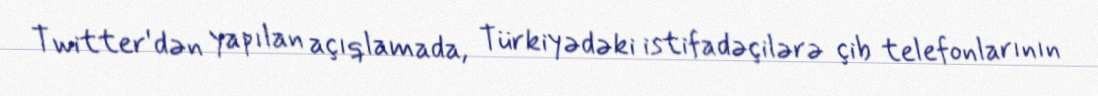
Twitter'dən yapılan açıqlamada, Türkiyədəki istifadəçilərə çib telefonlarının